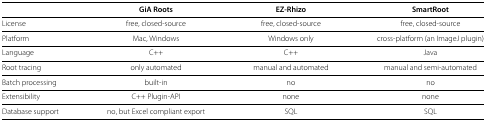
<table><thead><tr><td colspan="4"><b> </b></td></tr><tr><td><b> </b></td><td><b>GiA Roots</b></td><td><b>EZ-Rhizo</b></td><td><b>SmartRoot</b></td></tr></thead><tbody><tr><td>License</td><td>free, closed-source</td><td>free, closed-source</td><td>free, closed-source</td></tr><tr><td>Platform</td><td>Mac, Windows</td><td>Windows only</td><td>cross-platform (an ImageJ plugin)</td></tr><tr><td>Language</td><td>C++</td><td>C++</td><td>Java</td></tr><tr><td>Root tracing</td><td>only automated</td><td>manual and automated</td><td>manual and semi-automated</td></tr><tr><td>Batch processing</td><td>built-in</td><td>no</td><td>no</td></tr><tr><td>Extensibility</td><td>C++ Plugin-API</td><td>none</td><td>none</td></tr><tr><td>Database support</td><td>no, but Excel compliant export</td><td>SQL</td><td>SQL</td></tr></tbody></table>